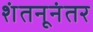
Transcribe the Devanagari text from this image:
शंतनूनंतर